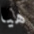
هيا